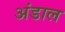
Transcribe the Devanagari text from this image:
अंडाल